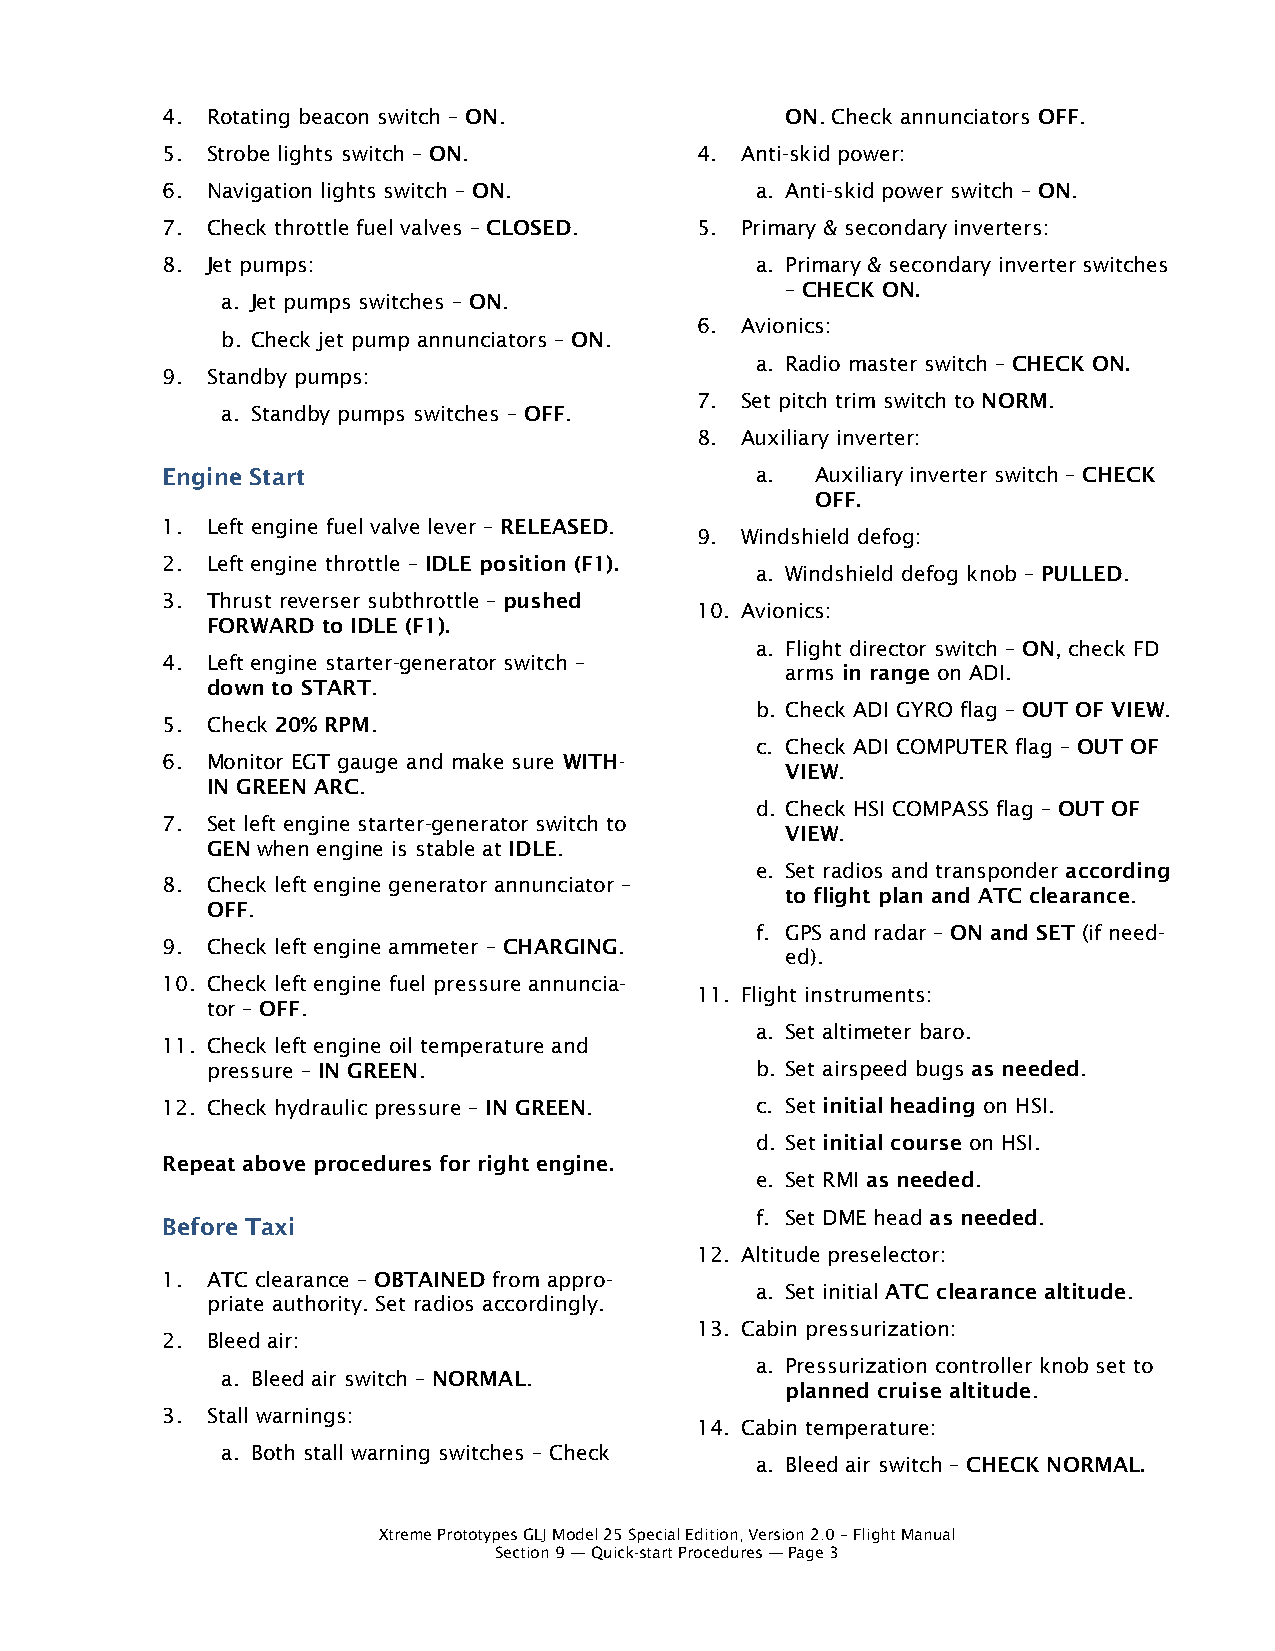
4. Rotating beacon switch – ON.          ON. Check annunciators OFF.
 5. Strobe lights switch – ON.      4. Anti-skid power:
 6. Navigation lights switch – ON.      a. Anti-skid power switch – ON.
 7. Check throttle fuel valves – CLOSED. 5. Primary & secondary inverters:
 8. Jet pumps:                          a. Primary & secondary inverter switches
 – CHECK ON.
 a. Jet pumps switches – ON.
 6. Avionics:
 b. Check jet pump annunciators – ON.
 a. Radio master switch – CHECK ON.
 9. Standby pumps:
 7. Set pitch trim switch to NORM.
 a. Standby pumps switches – OFF.
 8. Auxiliary inverter:
 Engine Start                           a.  Auxiliary inverter switch – CHECK
 OFF.
 1. Left engine fuel valve lever – RELEASED.
 9. Windshield defog:
 2. Left engine throttle – IDLE position (F1).
 a. Windshield defog knob – PULLED.
 3. Thrust reverser subthrottle – pushed
 10. Avionics:
 FORWARD to IDLE (F1).
 a. Flight director switch – ON, check FD
 4. Left engine starter-generator switch –
 arms in range on ADI.
 down to START.
 b. Check ADI GYRO flag – OUT OF VIEW.
 5. Check 20% RPM.
 c. Check ADI COMPUTER flag – OUT OF
 6. Monitor EGT gauge and make sure WITH-
 VIEW.
 IN GREEN ARC.
 d. Check HSI COMPASS flag – OUT OF
 7. Set left engine starter-generator switch to
 VIEW.
 GEN when engine is stable at IDLE.
 e. Set radios and transponder according
 8. Check left engine generator annunciator –
 to flight plan and ATC clearance.
 OFF.
 f. GPS and radar – ON and SET (if need-
 9. Check left engine ammeter – CHARGING.
 ed).
 10. Check left engine fuel pressure annuncia-
 11. Flight instruments:
 tor – OFF.
 a. Set altimeter baro.
 11. Check left engine oil temperature and
 pressure – IN GREEN.                b. Set airspeed bugs as needed.
 12. Check hydraulic pressure – IN GREEN. c. Set initial heading on HSI.
 d. Set initial course on HSI.
 Repeat above procedures for right engine.
 e. Set RMI as needed.
 f. Set DME head as needed.
 Before Taxi
 12. Altitude preselector:
 1. ATC clearance – OBTAINED from appro-
 a. Set initial ATC clearance altitude.
 priate authority. Set radios accordingly.
 13. Cabin pressurization:
 2. Bleed air:
 a. Pressurization controller knob set to
 a. Bleed air switch – NORMAL.
 planned cruise altitude.
 3. Stall warnings:
 14. Cabin temperature:
 a. Both stall warning switches – Check
 a. Bleed air switch – CHECK NORMAL.
 Xtreme Prototypes GLJ Model 25 Special Edition, Version 2.0 – Flight Manual
 Section 9 — Quick-start Procedures — Page 3